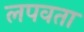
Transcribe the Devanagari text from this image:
लपवता